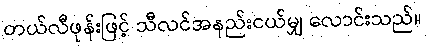
တယ်လီဖုန်းဖြင့် သီလင်အနည်းငယ်မျှ လောင်းသည်။